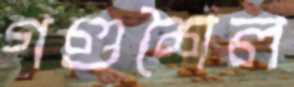
গণ্ডশৈল